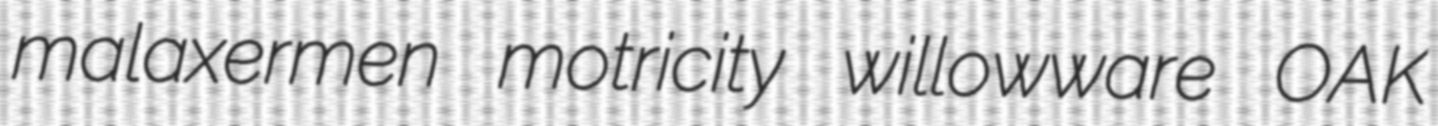
malaxermen motricity willowware OAK